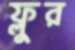
ফ্লুর